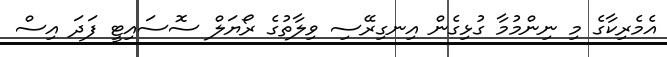
އެމެރިކާގެ މި ނިންމުމާ ގުޅިގެން އިނގިރޭސި ވިލާތުގެ ރޯޔަލް ސޮސައިޓީ ފަދަ އިސް